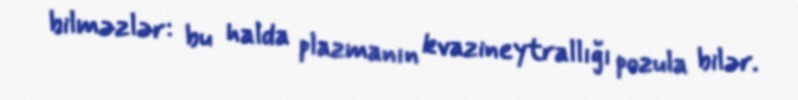
bilməzlər: bu halda plazmanın kvazineytrallığı pozula bilər.